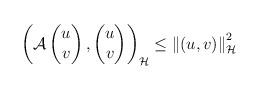
LaTeX: \begin{align*} \left( \mathcal{A} \begin{pmatrix} u\\ v \end{pmatrix}, \begin{pmatrix} u\\ v \end{pmatrix} \right)_{\mathcal{H}} \le \left\| (u,v) \right\|_{\mathcal{H}}^2\end{align*}